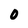
Character: O